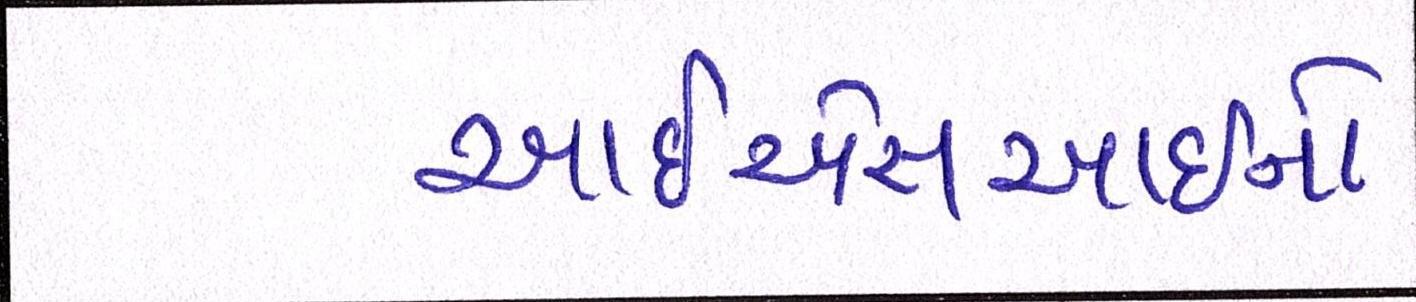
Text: આઇએસઆઇનો